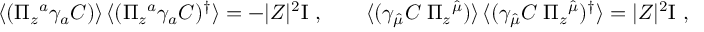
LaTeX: \langle ( \Pi _ { z } { } ^ { a } \gamma _ { a } { \cal C } ) \rangle \, \langle ( \Pi _ { z } { } ^ { a } \gamma _ { a } { \cal C } ) ^ { \dagger } \rangle = - | Z | ^ { 2 } \mathrm { I } \ , \qquad \langle ( \gamma _ { \hat { \mu } } { \cal C } \; \Pi _ { z } { } ^ { \hat { \mu } } ) \rangle \, \langle ( \gamma _ { \hat { \mu } } { \cal C } \; \Pi _ { z } { } ^ { \hat { \mu } } ) ^ { \dagger } \rangle = | Z | ^ { 2 } \mathrm { I } \ ,